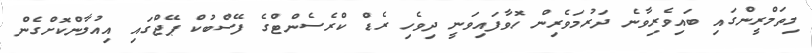
މިތަމްރީންގައި ބައިވެރިވާނެ ދަރުމަވެރިން ހޮވާފައިވަނީ ދިވެހި ރެޑް ކްރެސެންޓްގެ ފޭސްބުކް ޕޭޖްގައި އިއުލާންކޮށްގެން